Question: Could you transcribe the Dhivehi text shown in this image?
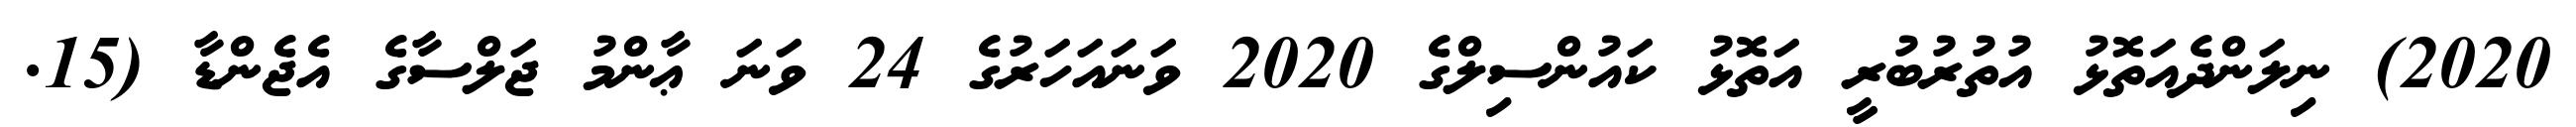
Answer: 2020) ނިލަންދެއަތޮޅު އުތުރުބުރީ އަތޮޅު ކައުންސިލްގެ 2020 ވަނައަހަރުގެ 24 ވަނަ ޢާންމު ޖަލްސާގެ އެޖެންޑާ (15.